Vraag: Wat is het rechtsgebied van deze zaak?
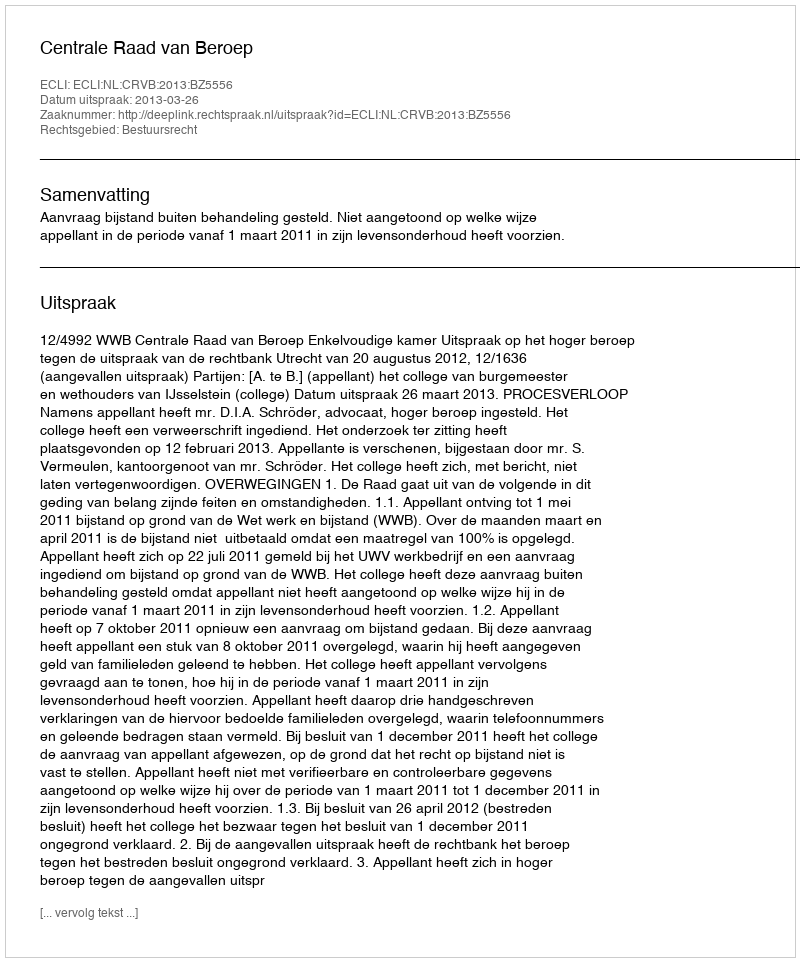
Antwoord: Bestuursrecht